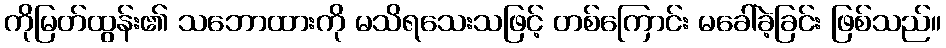
ကိုမြတ်ထွန်း၏ သဘောထားကို မသိရသေးသဖြင့် တစ်ကြောင်း မခေါ်ခဲ့ခြင်း ဖြစ်သည်။